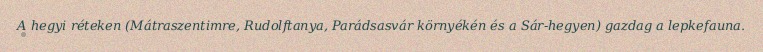
A hegyi réteken (Mátraszentimre, Rudolftanya, Parádsasvár környékén és a Sár-hegyen) gazdag a lepkefauna.